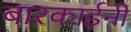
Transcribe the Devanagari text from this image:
बारकाईनी